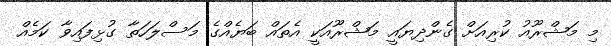
މި މަޝްރޫއު ކުރިއަށް ގެންދިޔައީ މަޝްރޫއަކީ އެތައް ބަޔެއްގެ މަސްލަހަތާ ގުޅިފައިވާ ކަމެއް